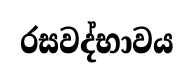
රසවද්භාවය